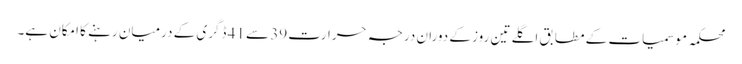
محکمہ موسمیات کے مطابق اگلے تین روز کے دوران درجہ حرارت 39 سے 41 ڈگری کے درمیان رہنے کا امکان ہے۔